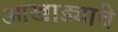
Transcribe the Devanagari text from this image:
आखाड्यांचे